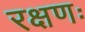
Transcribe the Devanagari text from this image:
रक्षणः